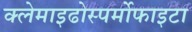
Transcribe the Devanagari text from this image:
क्लेमाइढोस्पर्मोफाइटा